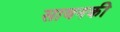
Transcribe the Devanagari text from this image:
सावनकी